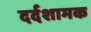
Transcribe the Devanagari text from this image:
दर्दशामक